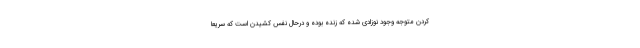
کردن متوجه وجود نوزادی شده که زنده بوده و درحال نفس کشیدن است که سریعا